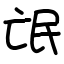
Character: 氓